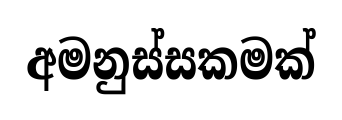
අමනුස්සකමක්